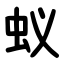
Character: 蚁